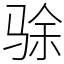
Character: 𬳿